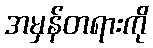
အမှန်တရားကို